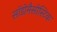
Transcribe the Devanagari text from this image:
सॉडोमैसोस्टिक